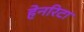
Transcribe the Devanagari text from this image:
हेनरिटा